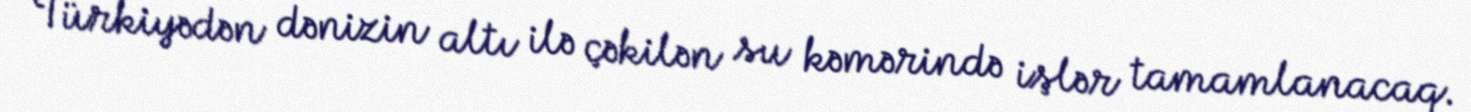
Türkiyədən dənizin altı ilə çəkilən su kəmərində işlər tamamlanacaq.